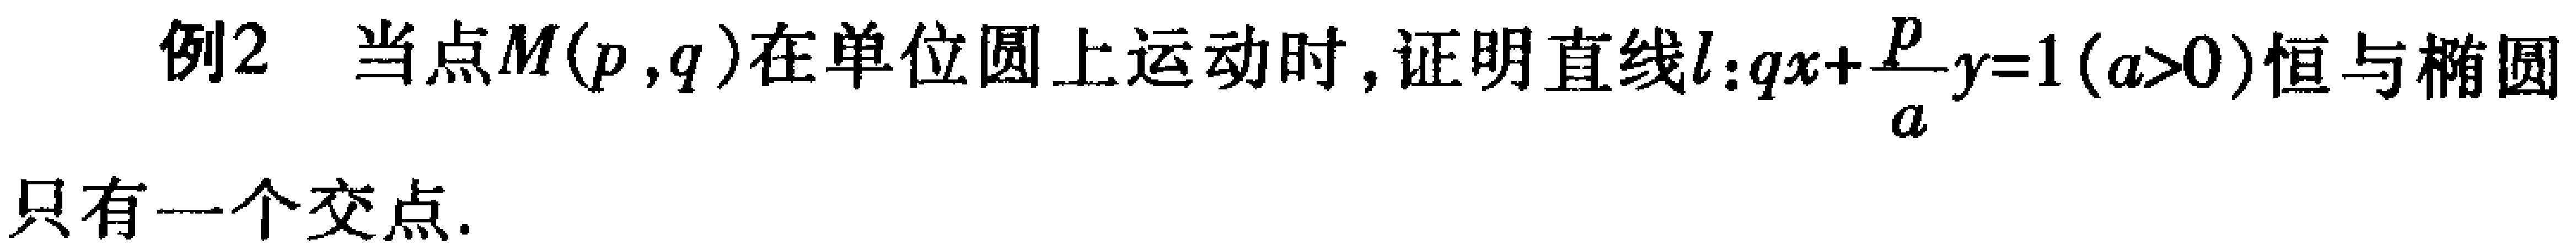
例2 当点\(M(p,q)\)在单位圆上运动时，证明直线\(l:qx + \frac{p}{a}y = 1(a>0)\)恒与椭圆只有一个交点.